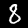
Digit: 8